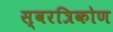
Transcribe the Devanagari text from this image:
स्वरत्रिकोण